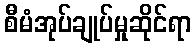
စီမံအုပ်ချုပ်မှုဆိုင်ရာ